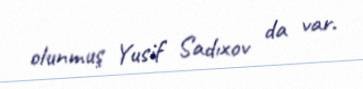
olunmuş Yusif Sadıxov da var.